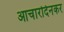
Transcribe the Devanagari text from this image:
आचारदिनकर